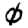
Digit: 0